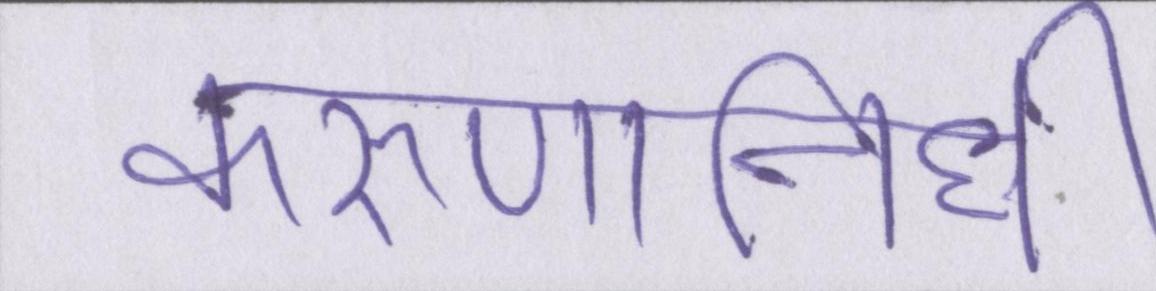
करुणानिधि